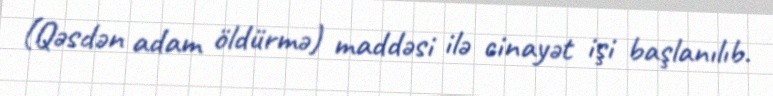
(Qəsdən adam öldürmə) maddəsi ilə cinayət işi başlanılıb.